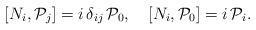
LaTeX: \begin{align*} \left[N_{i}, {\cal P}_{j}\right] = i\, \delta_{ij}\, {\cal P}_0 ,\quad \left[N_{i}, {\cal P}_{0}\right] = i\, {\cal P}_i.\end{align*}